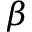
\beta